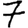
Digit: 7